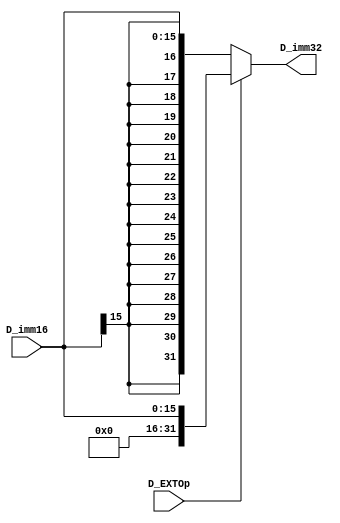
module D_EXT(
    input [15:0] D_imm16,
    input D_EXTOp,
    output reg [31:0] D_imm32);

    always @(*) begin
        if (D_EXTOp == 0)    D_imm32 = {{16{D_imm16[15]}}, D_imm16} ;
        else                D_imm32 = {{16'd0}, D_imm16} ;
    end
    

endmodule